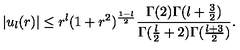
\vert u _ { l } ( r ) \vert \leq r ^ { l } ( 1 + r ^ { 2 } ) ^ { { \frac { 1 - l } { 2 } } } { \frac { \Gamma ( 2 ) \Gamma ( l + { \frac { 3 } { 2 } } ) } { \Gamma ( { \frac { l } { 2 } } + 2 ) \Gamma ( { \frac { l + 3 } { 2 } } ) } } .